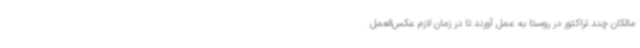
مالکان چند تراکتور در روستا به عمل آورند تا در زمان لازم عکس‌العمل